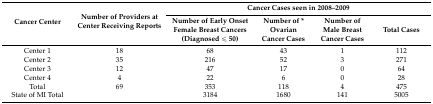
| <ROWSPAN=2> Cancer Center | <ROWSPAN=2> Number of Providers at Center Receiving Reports | <COLSPAN=4> Cancer Cases seen in 2008–2009 |
 | Number of Early Onset Female Breast Cancers (Diagnosed ≤ 50) | Number of * Ovarian Cancer Cases | Number of Male Breast Cancer Cases | Total Cases |
 | --- | --- | --- | --- | --- | --- |
 | Center 1 | 18 | 68 | 43 | 1 | 112 |
 | Center 2 | 35 | 216 | 52 | 3 | 271 |
 | Center 3 | 12 | 47 | 17 | 0 | 64 |
 | Center 4 | 4 | 22 | 6 | 0 | 28 |
 | Total | 69 | 353 | 118 | 4 | 475 |
 | State of MI Total |  | 3184 | 1680 | 141 | 5005 |